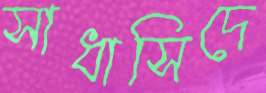
সাধাসিদে